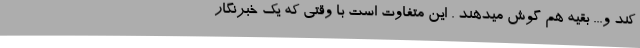
کند و... بقیه هم گوش میدهند . این متفاوت است با وقتی که یک خبرنگار